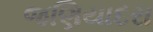
જણિયાદરા